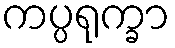
ကပ္ပရုက္ခာ